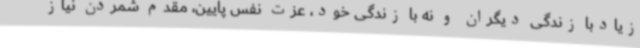
زیادبا زندگی دیگران و نه با زندگی خود، عزت نفس پایین، مقدم شمردن نیاز